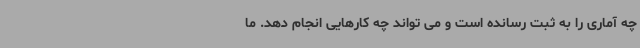
چه آماری را به ثبت رسانده است و می تواند چه کارهایی انجام دهد. ما